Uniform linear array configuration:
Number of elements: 12
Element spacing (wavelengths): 0.5
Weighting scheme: uniform
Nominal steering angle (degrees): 30
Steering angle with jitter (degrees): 28.974
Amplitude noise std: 0.05
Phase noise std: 0.05

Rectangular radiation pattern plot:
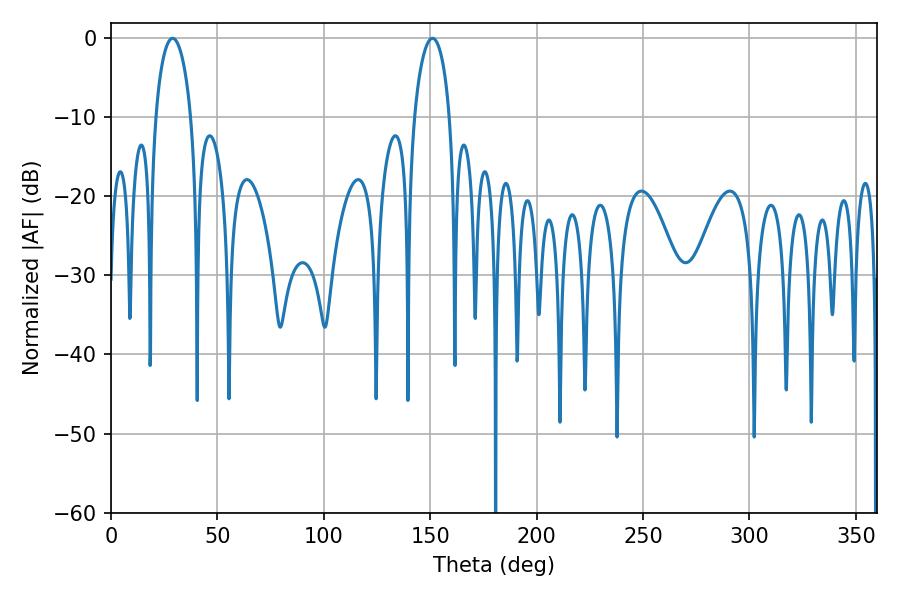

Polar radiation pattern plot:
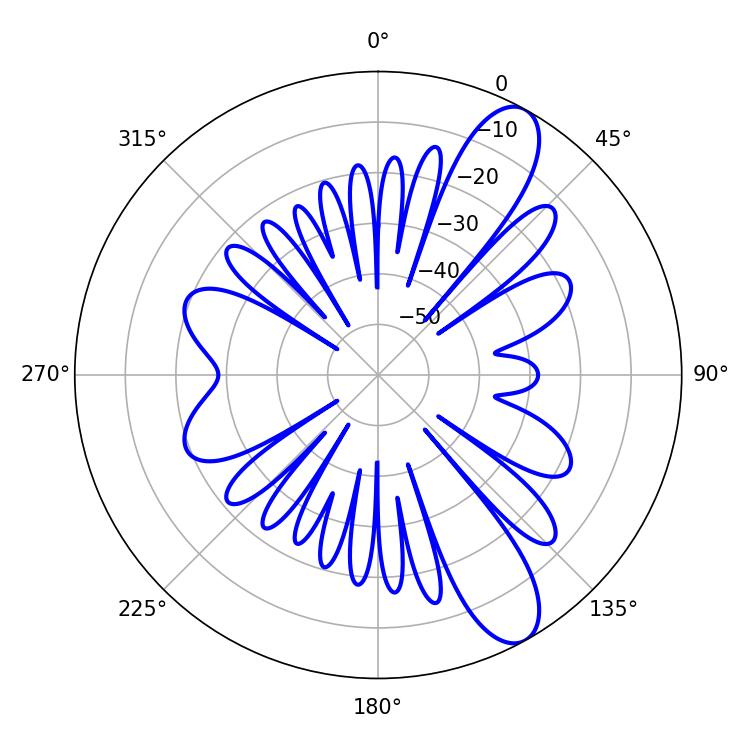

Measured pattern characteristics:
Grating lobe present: FALSE
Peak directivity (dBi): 10.52
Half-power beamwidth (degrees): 9.54
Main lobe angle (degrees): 28.98